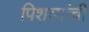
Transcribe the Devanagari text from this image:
पिशव्यांची